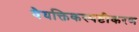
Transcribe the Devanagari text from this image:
वैयक्तिकस्पष्टीकरण